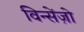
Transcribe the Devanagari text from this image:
विन्सेंज़ो